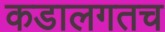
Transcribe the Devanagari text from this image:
कडालगतच